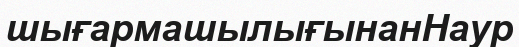
шығармашылығынанНаур